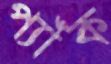
প্যাঁক